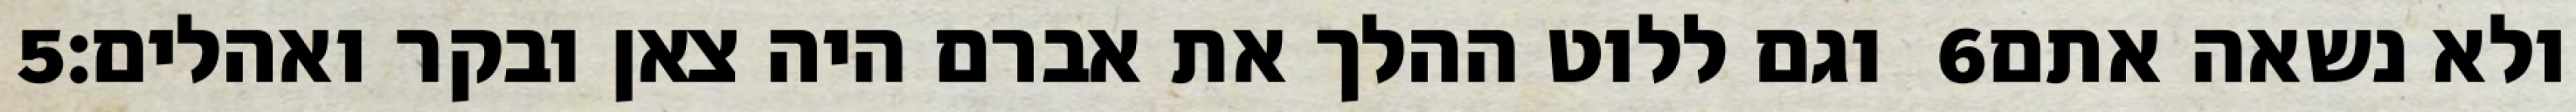
‎5‏ וגם ללוט ההלך את אברם היה צאן ובקר ואהלים׃ ‎6‏ ולא נשאה אתם